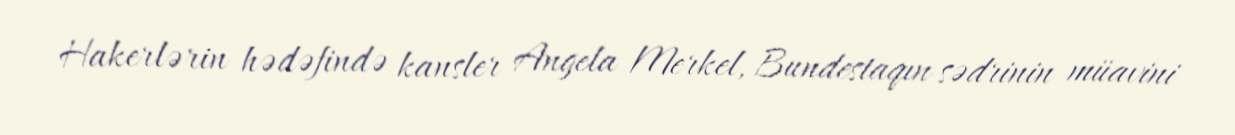
Hakerlərin hədəfində kansler Angela Merkel, Bundestaqın sədrinin müavini